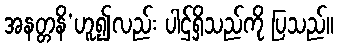
အနတ္တနိ’ဟူ၍လည်း ပါဌ်ရှိသည်ကို ပြသည်။